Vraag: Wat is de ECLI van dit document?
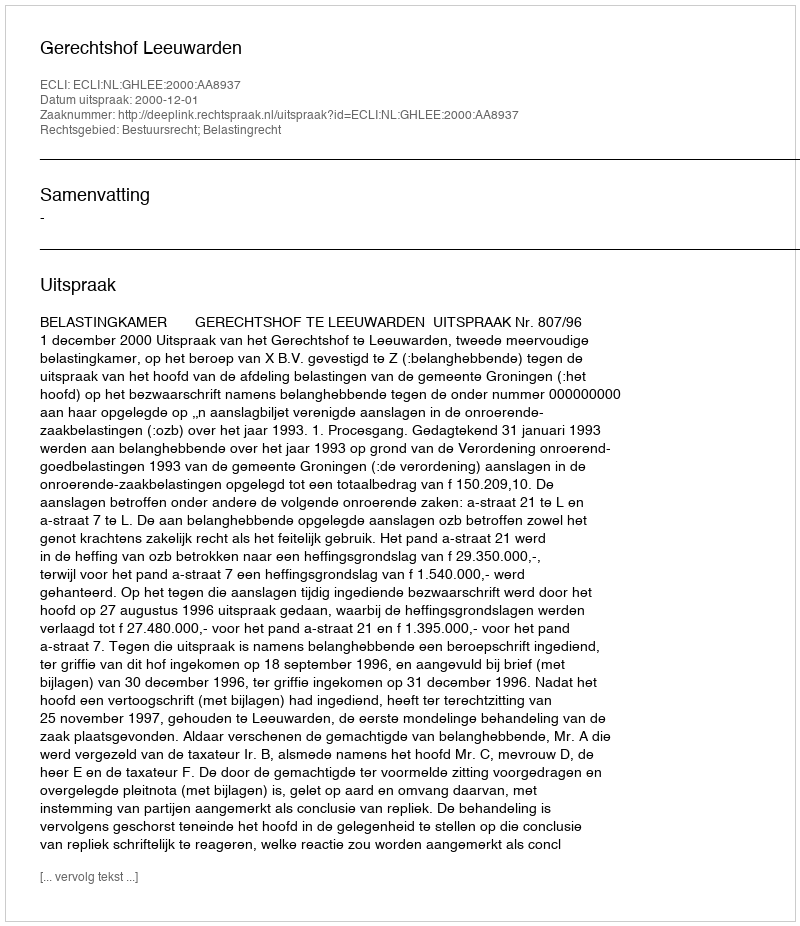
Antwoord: ECLI:NL:GHLEE:2000:AA8937